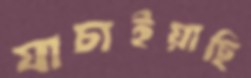
যাচাইয়াছি